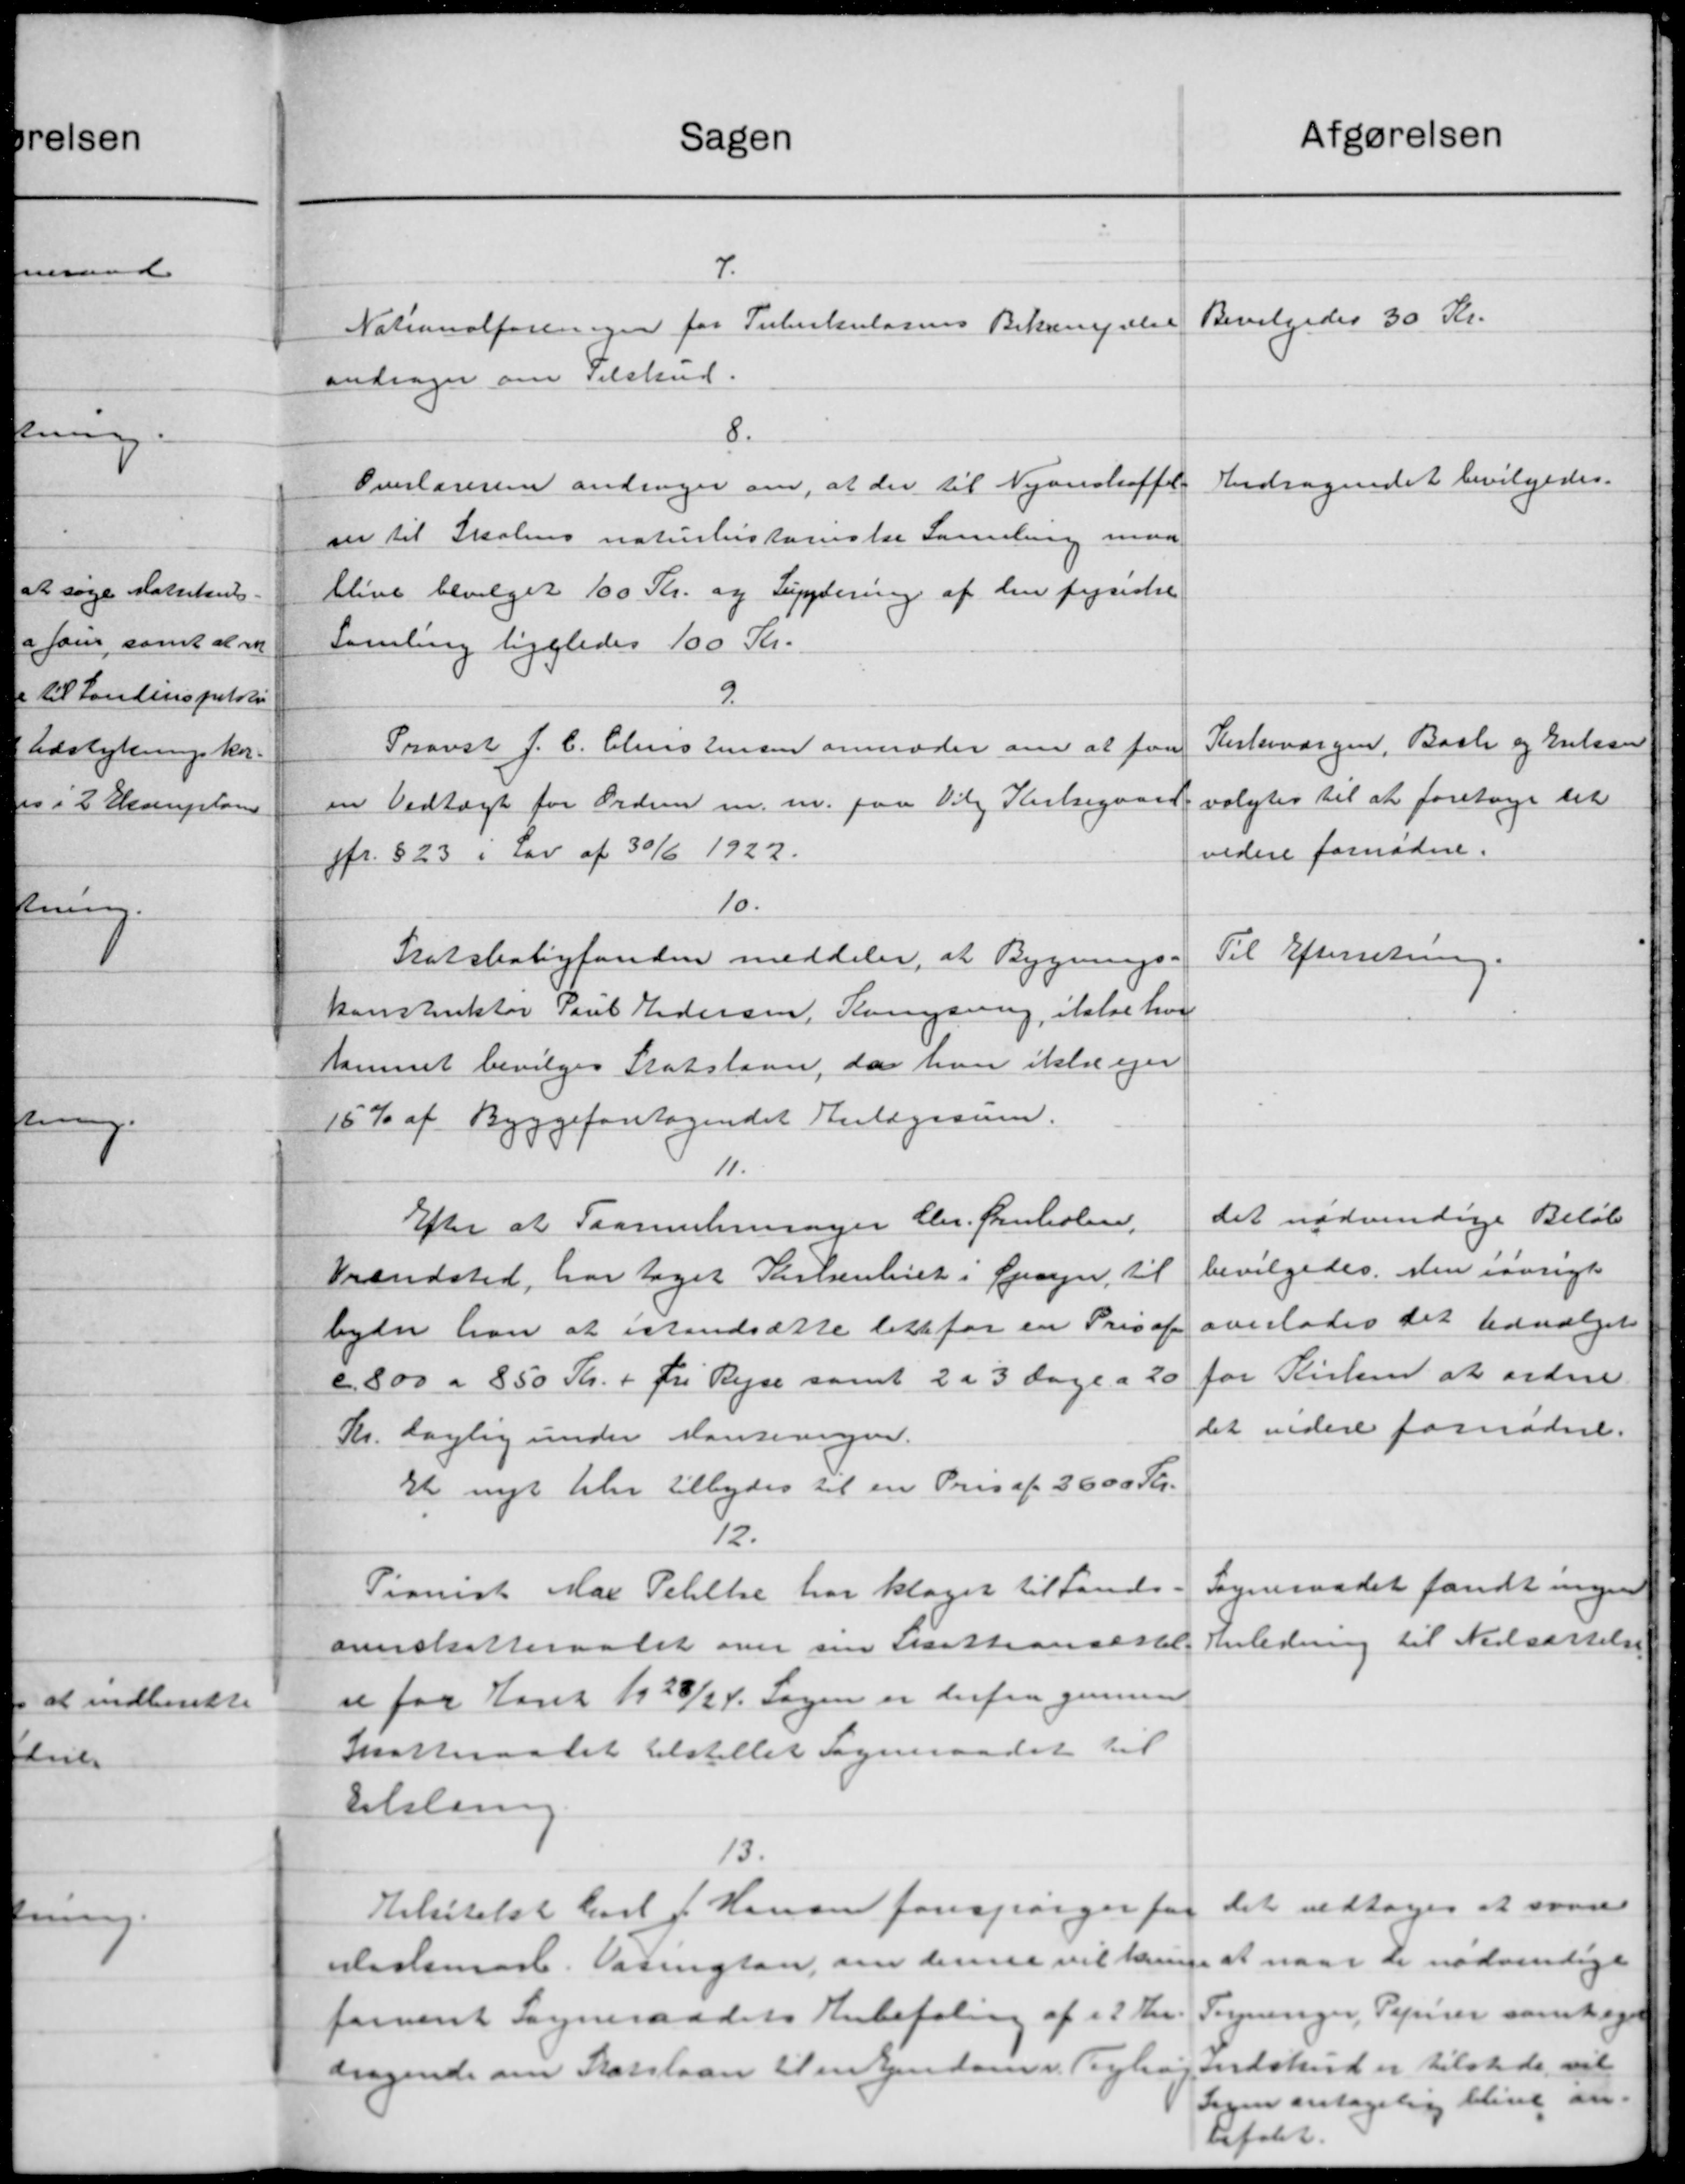
Transskription:
Sagen
7.
Nationalforeningen for Tuberkulosens Bekæmpelse
andrager om Tilskud.
8.
Overlæreren andrager om, at der til Nyanskaffel
ser til Skolens naturhistoriske Samling maa
blive bevilget 100 Kr. og Lundering af den fysiske
Samling ligeledes 100 Kr.
9.
Travst J. C. Christensen anmoder om at faa
en Vedtægt for Ordne m. m. paa Vilg Karlsegaard
jfr. § 23 i Lov af 30/6 1922.
10.
Statsboligfonden meddeler, at Bygnings-
konstrektør Poul Pedersen, Kongering, itale hve
sammet bevilges Statslaan, da han ikkeager
15 % af Byggeforetagendet Anlægranen.
11.
Efter at Paamulemager Chr. Arnholen,
Vrandsted, har taget Parlsentet i Opsyn til
byder han at istandsætte lette for en Pris af
c. 800 a 850 Kr. + fri Rejse samt 2 a 3 Dage a 20
Kr. daglig under Manteringen.
Et nyt blev tilbydes til en Pris af 3600 Kr.
12.
Pianisk Max Pelille har klaget til Lands
onerskatteraadet over sin Skatteansættel
ee for Aaret 1928/24. Sagen er derfra gennem
Skatteraadet tilstillet Sogneraadet til
tilstang
13.
Helsitelst Karl J. Hansen forespørger for
Mislemark. Varington, om denne vil hans
farvent Sogneraadets Anbefaling af 2 Kr.
dragende om Statslaan til en Ejendom v. Teglig